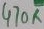
Text: 470